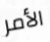
الأمر